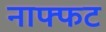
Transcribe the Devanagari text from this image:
नाफ्फट